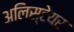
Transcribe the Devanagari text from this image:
अलिस्टेयर